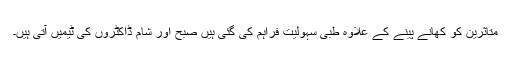
متاثرین کو کھانے پینے کے علاوہ طبی سہولیت فراہم کی گئی ہیں صبح اور شام ڈاکٹروں کی ٹیمیں آتی ہیں۔